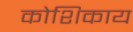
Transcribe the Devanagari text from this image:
कोशिकाय